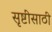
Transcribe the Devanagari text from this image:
सृष्टीसाठी